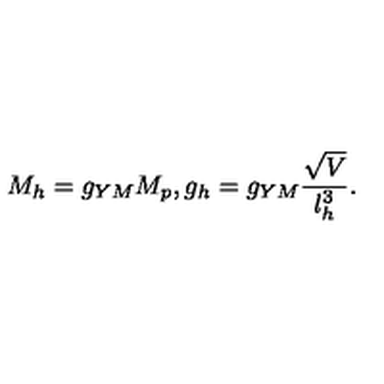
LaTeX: M _ { h } = g _ { Y M } M _ { p } , g _ { h } = g _ { Y M } \frac { \sqrt { V } } { l _ { h } ^ { 3 } } .